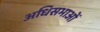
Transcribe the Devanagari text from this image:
अधिसभाओं